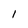
Character: l